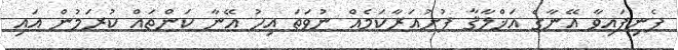
ފެނިފައިވާ އޭނާގެ އަޚްލާޤާ ފުށުއަރާކަމެއް ނުވަތަ އިހު އޭނާ ކަންތައް ކުރަމުން އައި